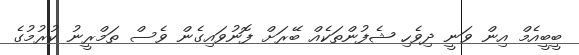
ބީބީއެމް އިން ވަނީ ދިވެހި ޝެފުންތަކެއް ބޭރަށް ފޮނުވައިގެން ވެސް ތަމްރީނު ކުރުމުގެ